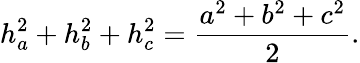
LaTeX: h_{a}^{2}+h_{b}^{2}+h_{c}^{2}={\frac{a^{2}+b^{2}+c^{2}}{2}}.